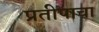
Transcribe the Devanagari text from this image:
प्रतीपाचा